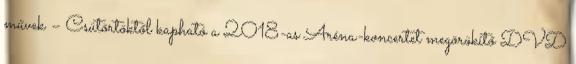
művek – Csütörtöktől kapható a 2018-as Aréna-koncertet megörökítő DVD